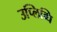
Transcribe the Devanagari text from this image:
उप्लिब्धि